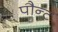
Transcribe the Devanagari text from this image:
पौन्ट